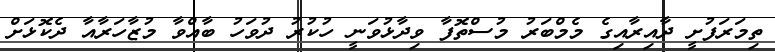
ތިމަރަފުށީ ދާއިރާއިގެ މެމްބަރު މުސްތޮފާ ވިދާޅުވަނީ ހުކުރު ދުވަހު ބާއްވާ މުޒާހަރާއާ ދެކޮޅަށް